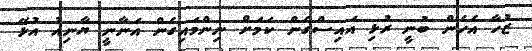
ޒުހާ އެހެން ބުނީ ރުޅި އައިސްގެން ކަމަށް ނިންމައިގެން އަނާނީ ޔާނިއު އުޅޭ